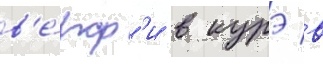
в'е́рф'и в курэ в